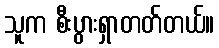
သူက စီးပွားရှာတတ်တယ်။